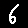
Digit: 6